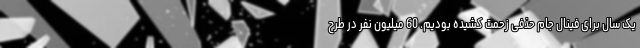
یک سال برای فینال جام حذفی زحمت کشیده بودیم. 60 میلیون نفر در طرح